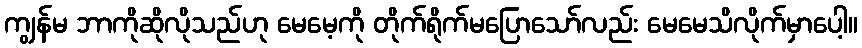
ကျွန်မ ဘာကိုဆိုလိုသည်ဟု မေမေ့ကို တိုက်ရိုက်မပြောသော်လည်း မေမေသိလိုက်မှာပေါ့။